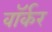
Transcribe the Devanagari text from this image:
वाॅर्कर